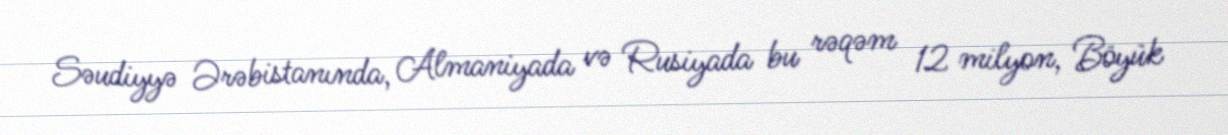
Səudiyyə Ərəbistanında, Almaniyada və Rusiyada bu rəqəm 12 milyon, Böyük